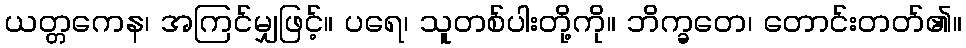
ယတ္တကေန၊ အကြင်မျှဖြင့်။ ပရေ၊ သူတစ်ပါးတို့ကို။ ဘိက္ခတေ၊ တောင်းတတ်၏။